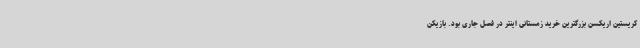
کریستین اریکسن بزرگترین خرید زمستانی اینتر در فصل جاری بود. بازیکن